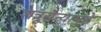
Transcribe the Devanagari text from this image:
शत्रूसैन्यापुढे